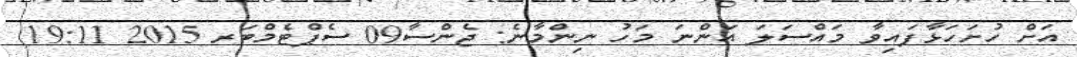
އަށް ހުށަހަޅާފައިވާ މައްސަލަ އަންނަ މަހު ނިންމާނެ: ޖެންސާ09 ސެޕްޓެމްބަރ 2015 19:11